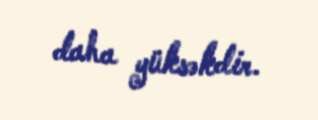
daha yüksəkdir.